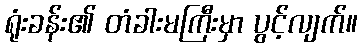
ရုံးခန်း၏ တံခါးမကြီးမှာ ပွင့်လျက်။